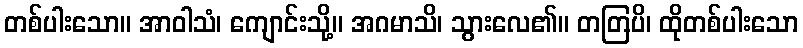
တစ်ပါးသော။ အာဝါသံ၊ ကျောင်းသို့။ အဂမာသိ၊ သွားလေ၏။ တတြပိ၊ ထိုတစ်ပါးသော